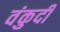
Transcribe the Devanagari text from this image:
वंकुदी